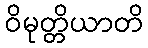
ဝိမုတ္တိယာတိ